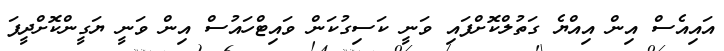
އައިއެސް އިން އިއްޔެ ގަތުލްކޮށްފައި ވަނީ ކަސިގުކަން ވައިޓްހައުސް އިން ވަނީ ޔަގީންކޮށްދީފަ